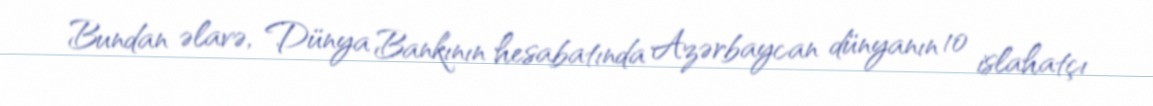
Bundan əlavə, Dünya Bankının hesabatında Azərbaycan dünyanın 10 islahatçı